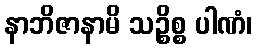
နာဘိဇာနာမိ သဉ္စိစ္စ ပါဏံ၊